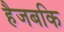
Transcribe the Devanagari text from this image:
हैजबकि